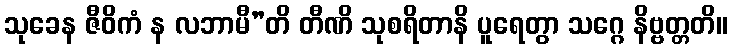
သုခေန ဇီဝိကံ န လဘာမီ”တိ တီဏိ သုစရိတာနိ ပူရေတွာ သဂ္ဂေ နိဗ္ဗတ္တတိ။